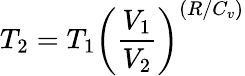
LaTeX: T_{2}=T_{1}\left({\frac{V_{1}}{V_{2}}}\right)^{(R/C_{v})}